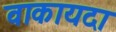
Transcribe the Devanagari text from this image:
वाकायदा